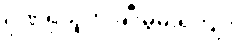
ဂုဏ်ရှိသူကို ချီးမွမ်းရကျိုး